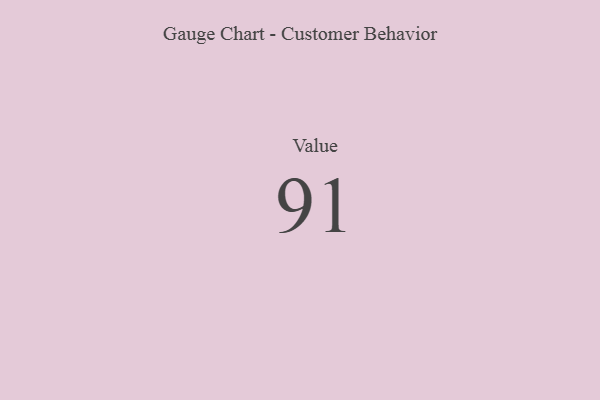
{"axis": {"x": "Metric", "y": "Value"}, "legend": [""], "data": [{"x": "Value", "y": 91, "type": ""}]}